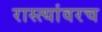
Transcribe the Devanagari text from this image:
रास्त्यांवरच